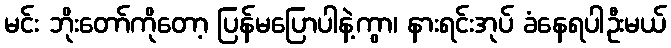
မင်း ဘိုးတော်ကိုတော့ ပြန်မပြောပါနဲ့ကွာ၊ နားရင်းအုပ် ခံနေရပါဦးမယ်